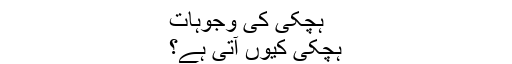
ہچکی کی وجوہات
ہچکی کیوں آتی ہے؟